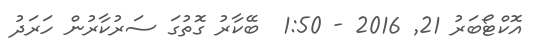
އޮކްޓޯބަރު 21